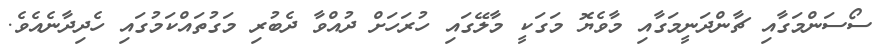
ސޯސަންމަގާއި ޗާންދަނީމަގާއި މާވެޔޮ މަގަކީ މާލޭގައި ހުރަހަށް ދުއްވާ ދެބުރި މަގުތައްކަމުގައި ހެދިދާނެއެވެ.